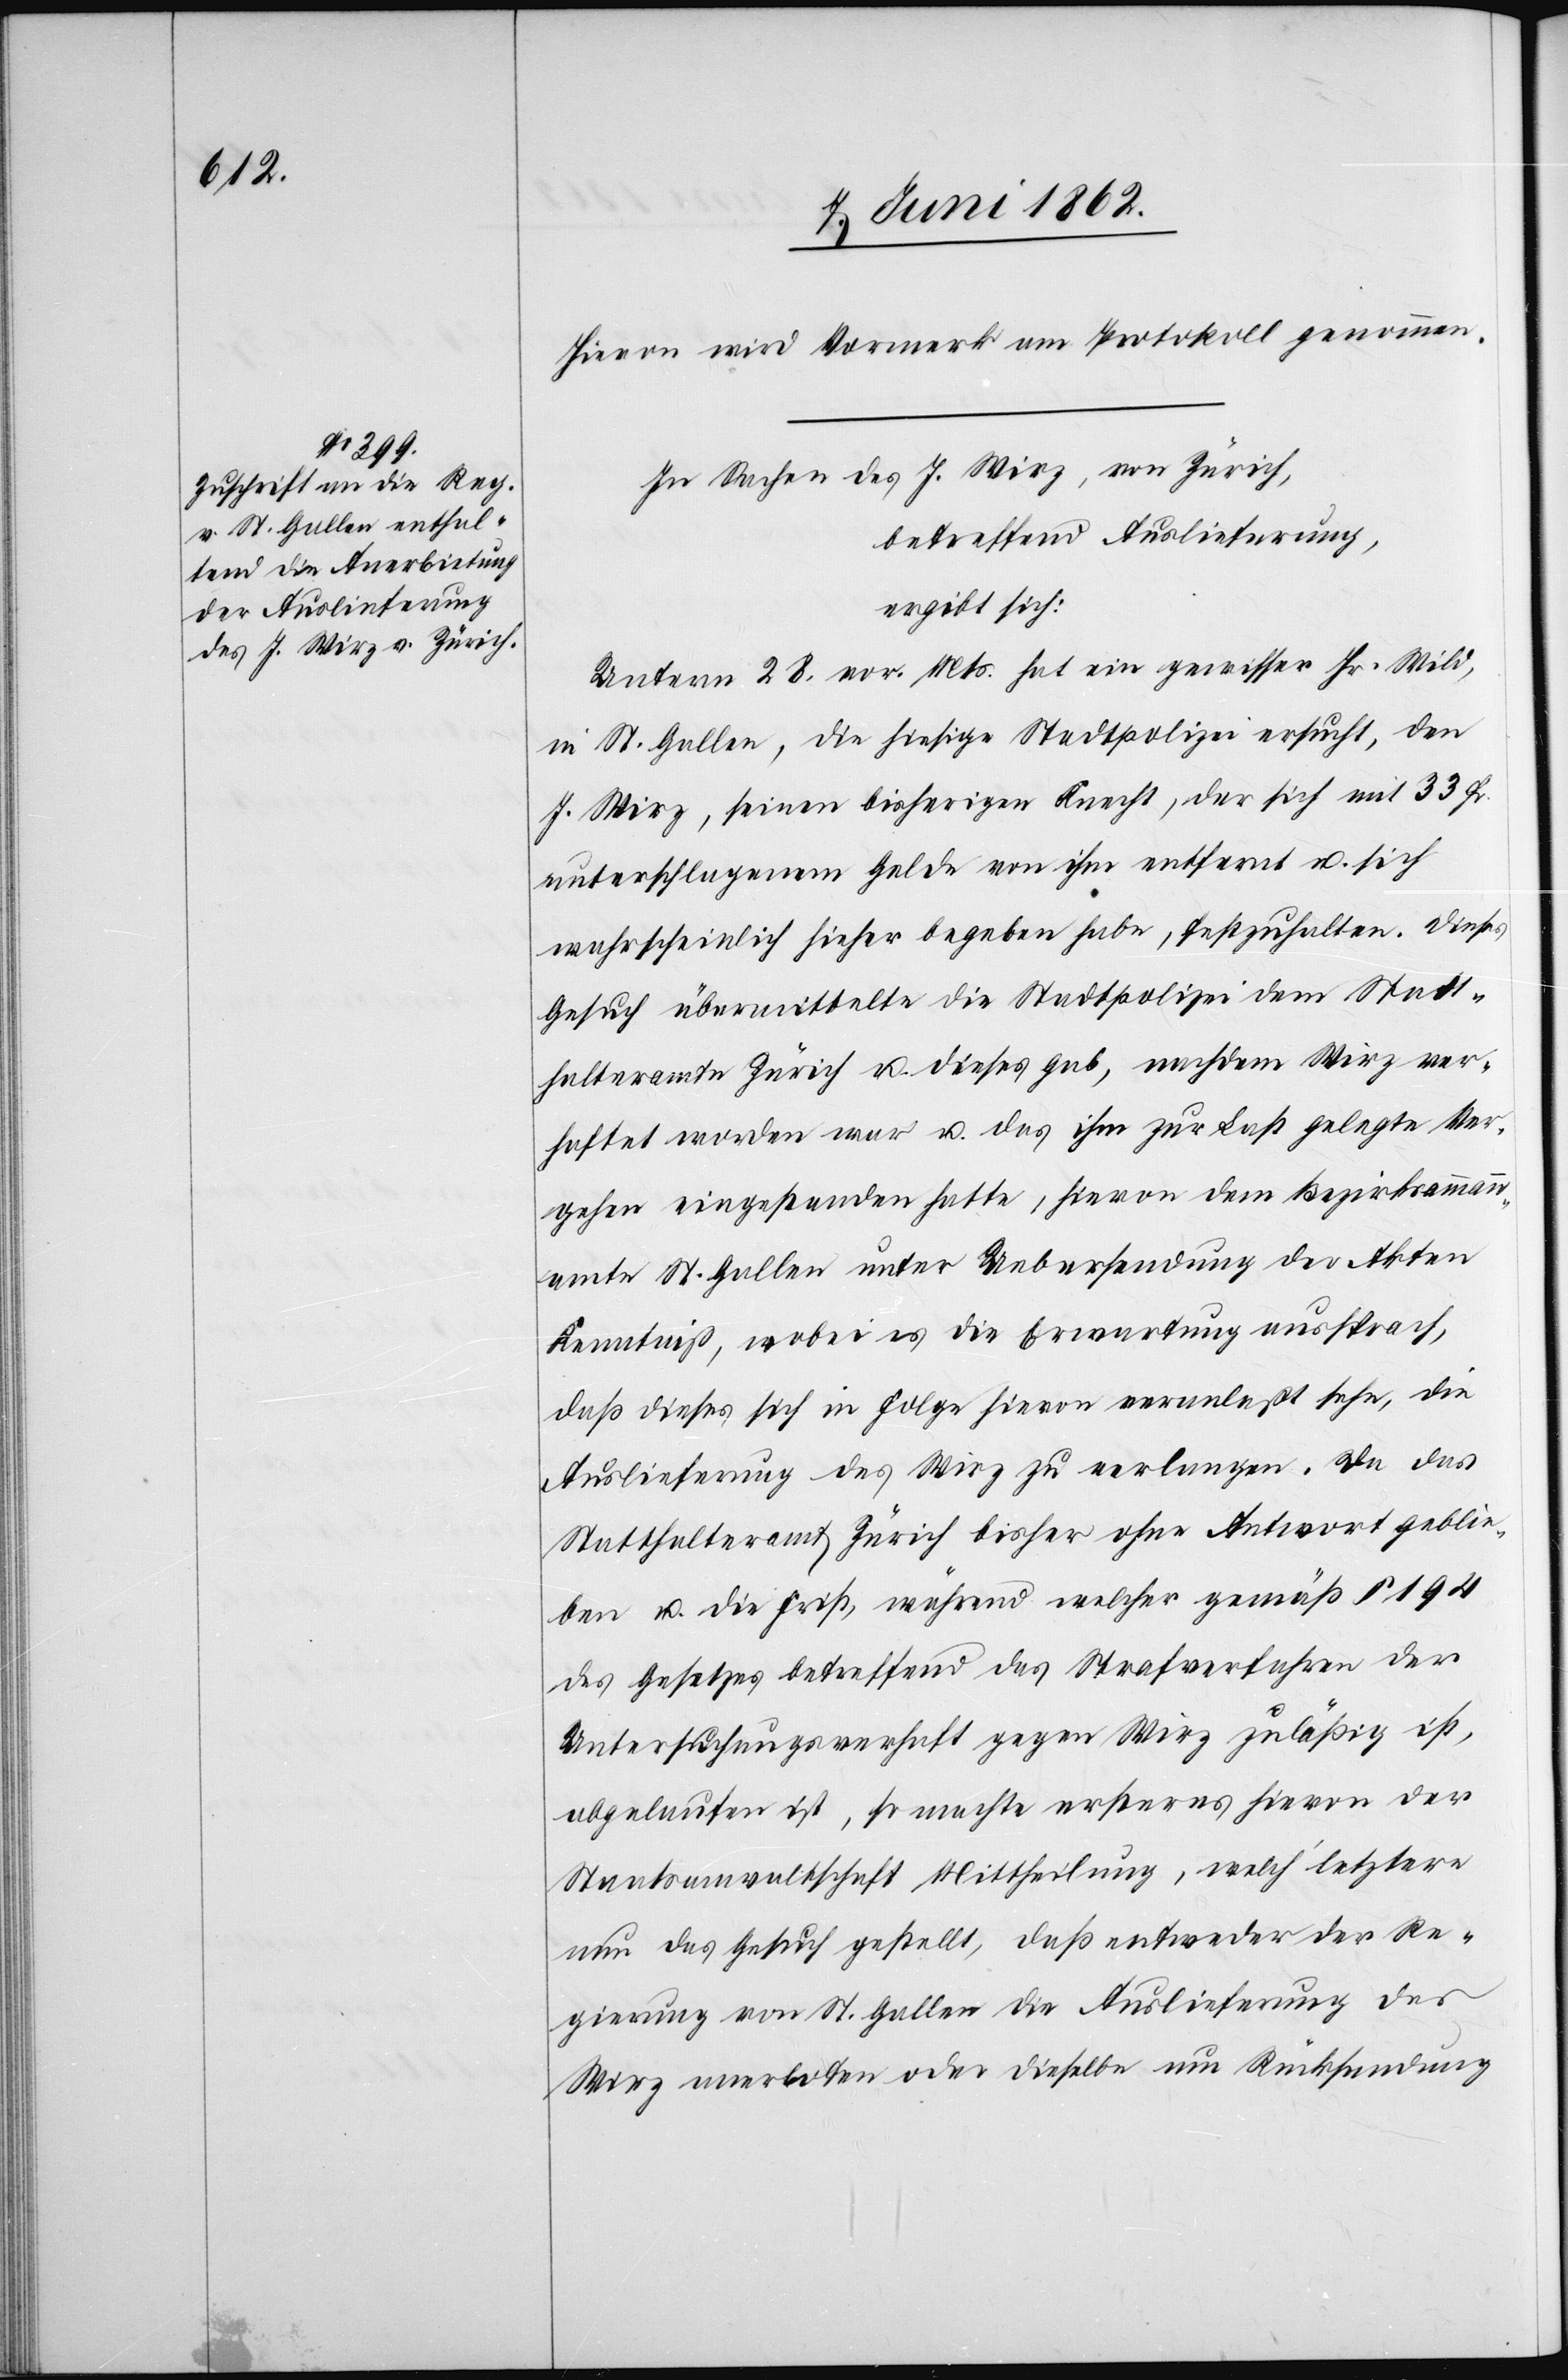
Hievon wird Vormerk am Protokoll genommen.
In Sachen des J. Wirz, von Zürich,
betreffend Auslieferung,
ergibt sich:
Unterm 28. vor. Mts. hat ein gewisser Hr. Wild,
in St. Gallen, die hiesige Stadtpolizei ersucht, den
J. Wirz, seinen bisherigen Knecht, der sich mit 33 Fr.
unterschlagenem Gelde von ihm entfernt u. sich
wahrscheinlich hieher begeben habe, festzuhalten. Dieses
Gesuch übermittelte die Stadtpolizei dem Statt¬
halteramte Zürich u. dieses gab, nachdem Wirz ver¬
haftet worden war u. das ihm zur Last gelegte Ver¬
gehen eingestanden hatte, hievon dem Bezirksammann¬
amt St. Gallen unter Uebersendung der Akten
Kenntniß, wobei es die Erwartung aussprach,
daß dieses sich in Folge hievon veranlaßt sehe, die
Auslieferung des Wirz zu verlangen. Da das
Statthalteramt Zürich bisher ohne Antwort geblie¬
ben u. die Frist, während welcher gemäß § 194
des Gesetzes betreffend das Strafverfahren der
Untersuchungsverhaft gegen Wirz zuläßig ist,
abgelaufen ist, so machte ersteres hievon der
Staatsanwaltschaft Mittheilung, welch’ letztere
um das Gesuch gestellt, daß entweder der Re¬
gierung von St. Gallen die Auslieferung des
Wirz anerboten oder dieselbe um Rücksendung